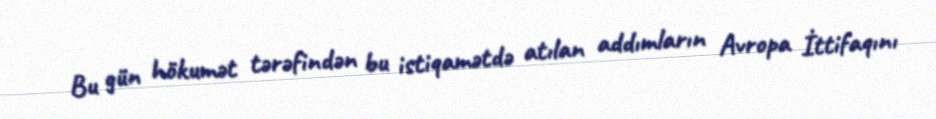
Bu gün hökumət tərəfindən bu istiqamətdə atılan addımların Avropa İttifaqını